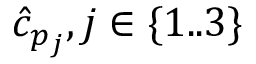
\hat { c } _ { p _ { j } } , j \in \{ 1 . . 3 \}